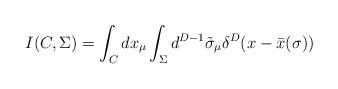
LaTeX: \begin{align*}I(C,\Sigma ) = \int_{C} dx_{\mu } \int_{\Sigma }d^{D-1} \tilde{\sigma }_{\mu } \delta^{D} (x-\bar{x} (\sigma ) )\end{align*}